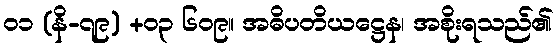
၀၁ (နိ-၇၉) +၀၃ ၆၀၉။ အဓိပတိယဋ္ဌေန၊ အစိုးရသည်၏